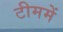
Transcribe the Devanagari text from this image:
टीममें